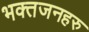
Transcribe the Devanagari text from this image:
भक्तजनहरु